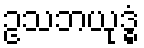
ဥသဘယုဒ္ဓံ